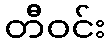
တီဝင်း